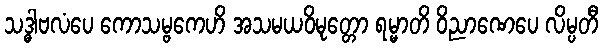
သဒ္ဓါဗလံပေ ကောသမ္ဗကေဟိ အသမယဝိမုတ္တော ရမ္မာတိ ဝိညာဏေပေ လိမ္ပတီ